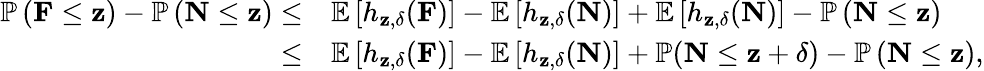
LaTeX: \begin{array}{rl}{\mathbb{P}\left(\mathbf{F}\leq\mathbf{z}\right)-\mathbb{P}\left(\mathbf{N}\leq\mathbf{z}\right)\leq}&{\mathbb{E}\left[h_{\mathbf{z},\delta}(\mathbf{F})\right]-\mathbb{E}\left[h_{\mathbf{z},\delta}(\mathbf{N})\right]+\mathbb{E}\left[h_{\mathbf{z},\delta}(\mathbf{N})\right]-\mathbb{P}\left(\mathbf{N}\leq\mathbf{z}\right)}\\ {\leq}&{\mathbb{E}\left[h_{\mathbf{z},\delta}(\mathbf{F})\right]-\mathbb{E}\left[h_{\mathbf{z},\delta}(\mathbf{N})\right]+\mathbb{P}(\mathbf{N}\leq\mathbf{z}+\delta)-\mathbb{P}\left(\mathbf{N}\leq\mathbf{z}\right),}\end{array}